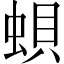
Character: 蛽